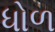
ધોળ